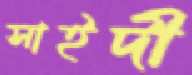
সাইদী